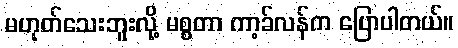
မဟုတ်သေးဘူးလို့ မစ္စတာ ကာ့ခ်လန်က ပြောပါတယ်။